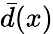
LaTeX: {\bar{d}}(x)